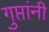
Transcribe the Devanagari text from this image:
गुप्तांनी